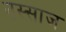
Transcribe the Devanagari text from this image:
नस्साज